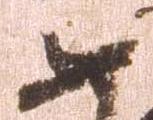
如